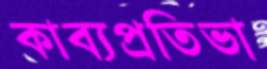
কাব্যপ্রতিভা